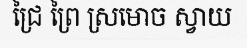
ជ្រៃ ព្រៃ ស្រមោច ស្វាយ